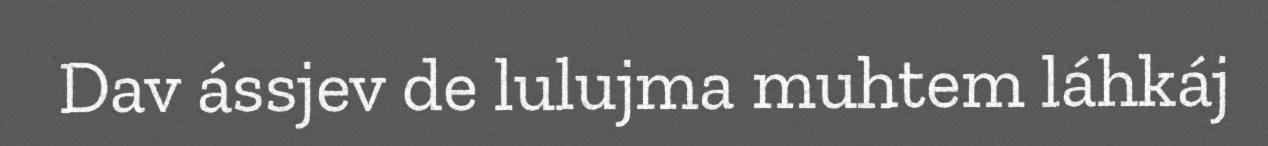
Dav ássjev de lulujma muhtem láhkáj